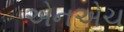
એનએચ